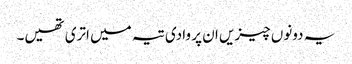
یہ دونوں چیزیں ان پر وادی تیہ میں اتری تھیں۔